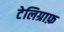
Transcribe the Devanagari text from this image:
टेलिग्राफ़